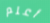
أعلم